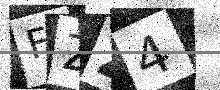
Text: FZZ4